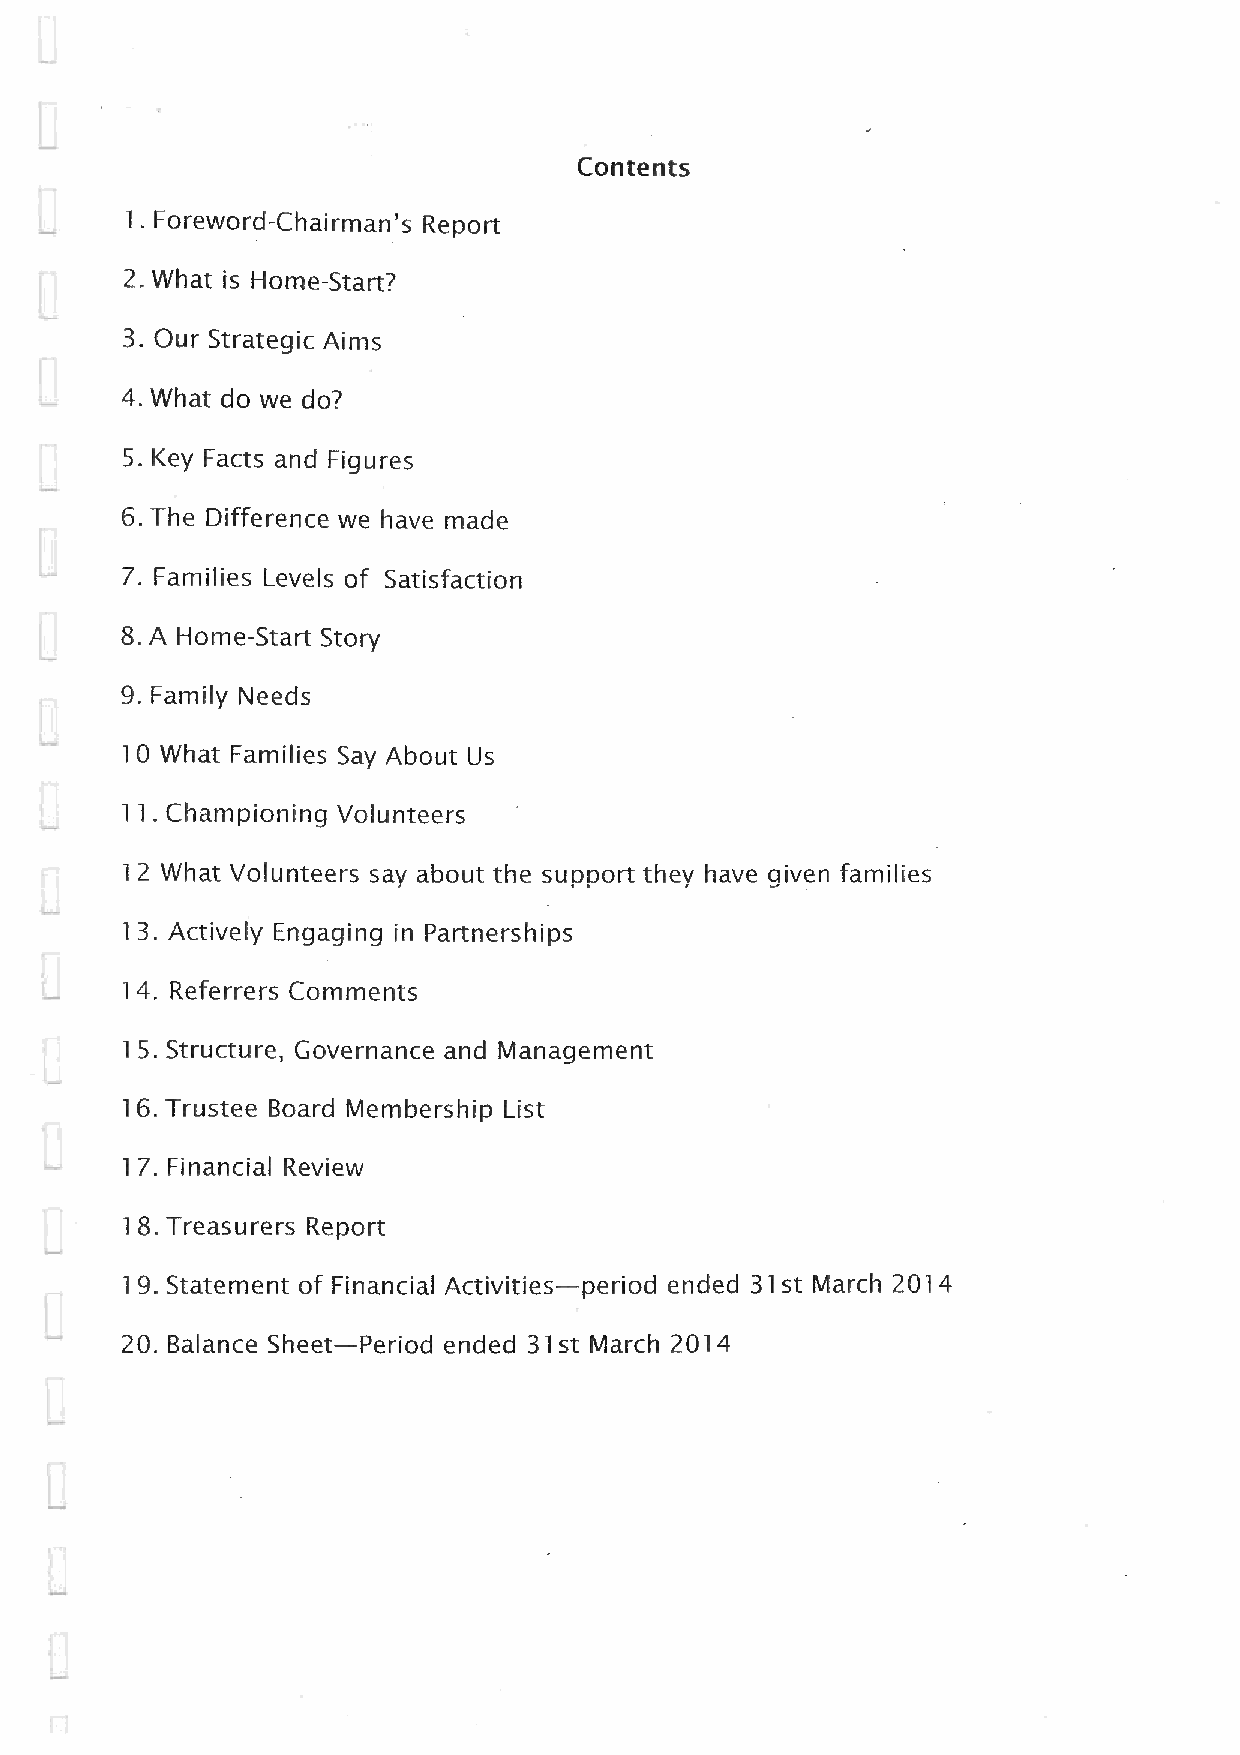
Contents
 1. Foreword-Chairman's Report
 2. What is Home-Start?
 3. Our Strategic Aims
 4. What do we do?
 5. Key Facts and Figures
 6. The Difference we have made
 7. Families Levels of Satisfaction
 8.A Home-Start Story
 9. Family Needs
 10 What Families Say About Us
 11. Championing Volunteers
 12 What Volunteers say about the support they have aiven families
 13. Actively Engaging in Partnerships
 14. Referrers Comments
 15. Structure, Governance and Management
 16. Trustee Board Membership List
 17. Financial Review
 18. Treasurers Report
 19. Statement of Financial Activities—period ended 31st March 2014
 20. Balance Sheet—Period ended 31st March 2014